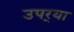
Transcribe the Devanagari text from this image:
उपर्‍या